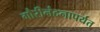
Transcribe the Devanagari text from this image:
गौरीनंदनापर्यंत